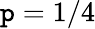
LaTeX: \mathtt{p}=1/4